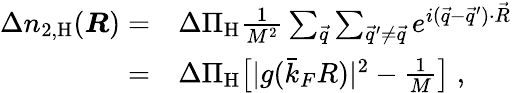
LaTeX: \begin{array}{rl}{\Delta n_{2,\mathrm{H}}(\boldsymbol{R})=}&{\Delta\Pi_{\mathrm{H}}\frac{1}{M^{2}}\sum_{\vec{q}}\sum_{\vec{q}^{\prime}\neq\vec{q}}e^{i(\vec{q}-\vec{q}^{\prime})\cdot\vec{R}}}\\ {=}&{\Delta\Pi_{\mathrm{H}}\big[|g(\bar{k}_{F}R)|^{2}-\frac{1}{M}\big]\; ,}\end{array}